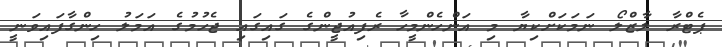
ޕެޓްރާ ލާޒްލޯ ނަމަކަށްކިޔާ މި އަންހެންމީހާ ރެފިއުޖީންގެ ގައިގައި ޖެހުމުގެ އަމަލު ހިންގާފައިވަނީ